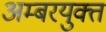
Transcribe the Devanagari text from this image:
अम्बरयुक्त